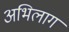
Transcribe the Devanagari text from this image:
अभिलाग